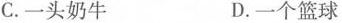
C.一头奶牛 D.一个篮球